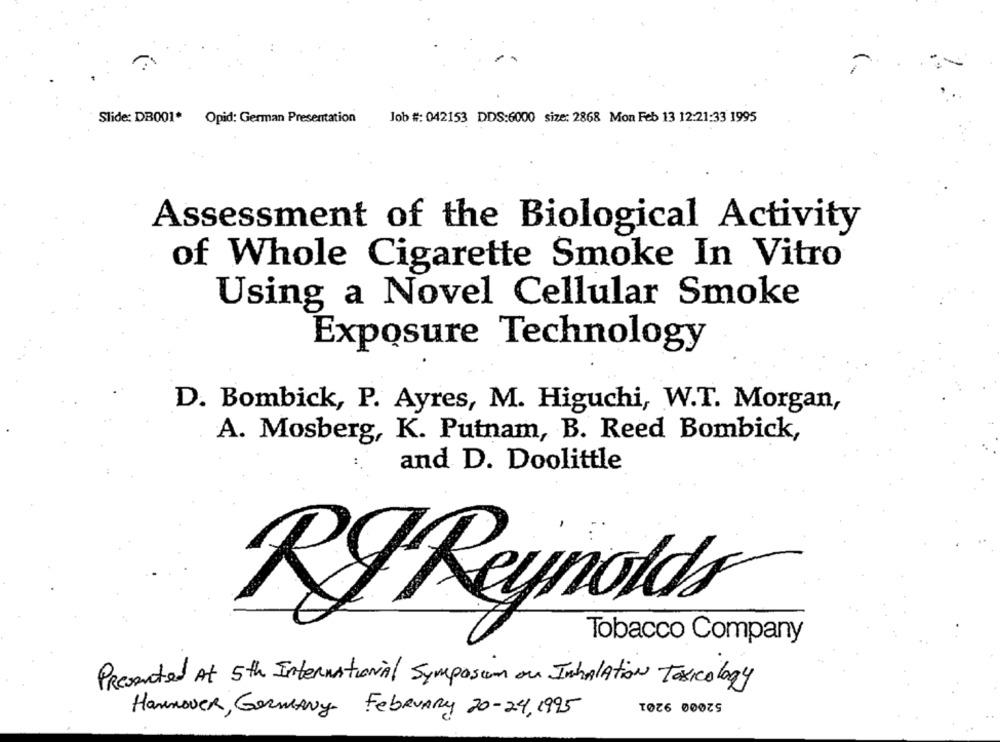
Job #: 042153 DDS:6000 size: 2868 Mon Feb 13 12:21:33 1995
Slide: DB001* Opid: German Presentation
Assessment of the Biological Activity
of Whole Cigarette Smoke In Vitro
Using a Novel Cellular Smoke
Exposure Technology
D. Bombick, P. Ayres, M. Higuchi, W.T. Morgan,
A. Mosberg, K. Putnam, B. Reed Bombick,
and D. Doolittle
RJ Reynolds
Tobacco Company
Presented At 5th International Symposium on Inhalation Toxicology
52000 9201
Hannover, Germany February 20-24, 1995